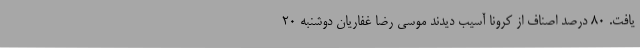
یافت. 80 درصد اصناف از کرونا آسیب دیدند موسی رضا غفاریان دوشنبه 20